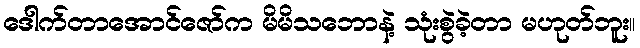
ဒေါက်တာအောင်ဇော်က မိမိသဘောနဲ့ သုံးစွဲခဲ့တာ မဟုတ်ဘူး။